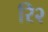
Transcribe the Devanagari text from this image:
रि२